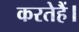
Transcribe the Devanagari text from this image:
करतेहैं।